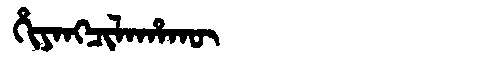
Manchu: ᡥᡳᠶᠠᠩᠴᡳᠯᠠᡥᠠᡴᡡ
Romanization: HIYANGCILAHAKŪ